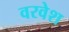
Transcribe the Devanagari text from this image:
वरवेश